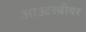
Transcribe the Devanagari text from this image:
आउटरवीयर